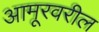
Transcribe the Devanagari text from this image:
आमूरवरील